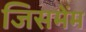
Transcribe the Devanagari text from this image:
जिसमेंम